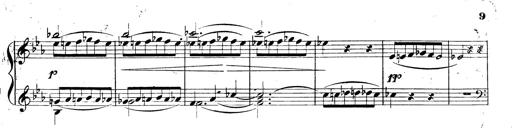
Title: 3 Caprices-Valses
Composer: Franz Liszt